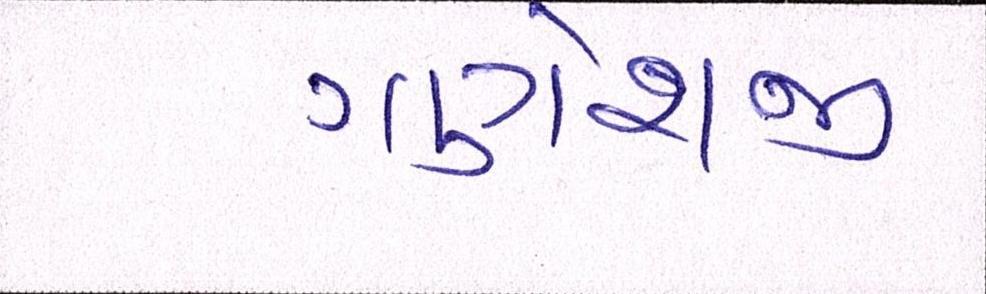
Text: ગણેશજી